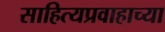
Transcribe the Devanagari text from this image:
साहित्यप्रवाहाच्या